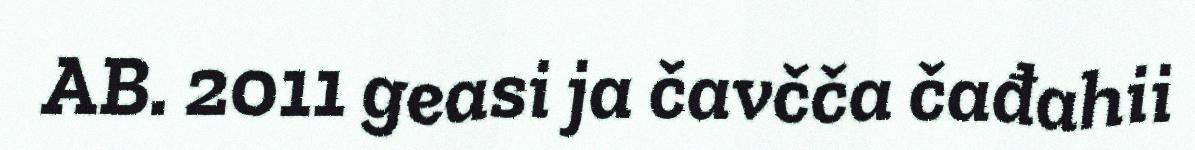
AB. 2011 geasi ja čavčča čađahii